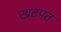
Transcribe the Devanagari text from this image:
खटपत